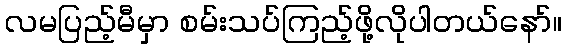
လမပြည့်မီမှာ စမ်းသပ်ကြည့်ဖို့လိုပါတယ်နော်။